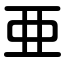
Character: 亜